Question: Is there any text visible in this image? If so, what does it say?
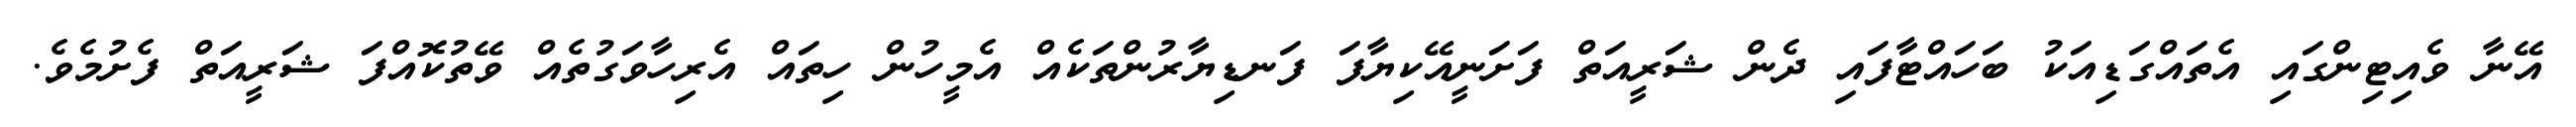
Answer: އޭނާ ވެއިޓިންގައި އެތައްގަޑިއަކު ބަހައްޓާފައި ދެން ޝަރީއަތް ފަށަނީއޭކިޔާފަ ފަނޑިޔާރުންތަކެއް އެމީހުން ހިތައް އެރިހާވަގުތެއް ވޭތުކޮއްފަ ޝަރީއަތް ފެށުމެވެ.